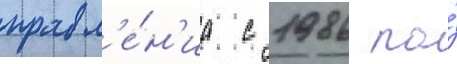
правл'е́н'иа с 1986 по́